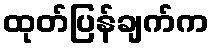
ထုတ်ပြန်ချက်က